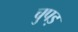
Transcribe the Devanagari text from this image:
चुपड़